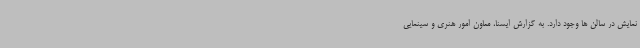
نمایش در سالن ها وجود دارد. به گزارش ایسنا، معاون امور هنری و سینمایی